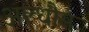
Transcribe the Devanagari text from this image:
अल्धौस